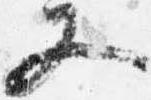
又